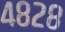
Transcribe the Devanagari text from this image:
४८२८